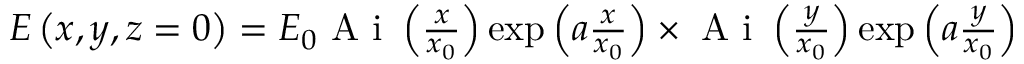
\begin{array} { r } { E \left( { x } , { y } , z = 0 \right) = { E } _ { 0 } \mathrm { ~ A ~ i ~ } \left( \frac { x } { { x } _ { 0 } } \right) \exp \left( a \frac { x } { { x } _ { 0 } } \right) \times \mathrm { ~ A ~ i ~ } \left( \frac { y } { { x } _ { 0 } } \right) \exp \left( a \frac { y } { { x } _ { 0 } } \right) } \end{array}